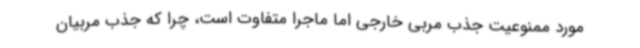
مورد ممنوعیت جذب مربی خارجی اما ماجرا متفاوت است، چرا که جذب مربیان